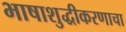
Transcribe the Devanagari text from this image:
भाषाशुद्धीकरणाचा